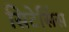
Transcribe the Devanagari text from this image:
सिटेसिंस